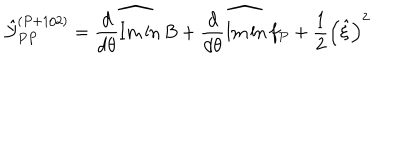
\hat { \cal Y } _ { P P } ^ { ( P + 1 / 2 ) } = \widehat { { \frac { d } { d \theta } } \mathrm { I m } \ln B } + \widehat { { \frac { d } { d \theta } } \mathrm { I m } \ln f _ { P } } + { \frac { 1 } { 2 } } \left( \hat { \xi } \right) ^ { 2 }